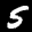
Digit: 5